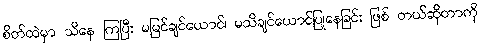
စိတ်ထဲမှာ သိနေ ကြပြီး မမြင်ချင်ယောင်၊ မသိချင်ယောင်ပြုနေခြင်း ဖြစ် တယ်ဆိုတာကို